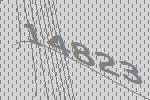
14823